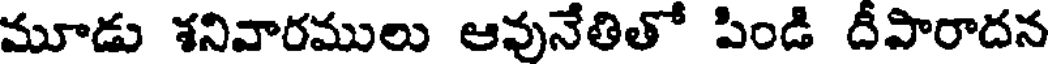
మూడు శనివారములు ఆవునేతితో పిండి దీపారాదన